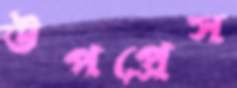
উপপ্রেস